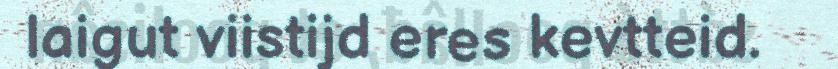
laigut viistijd eres kevtteid.